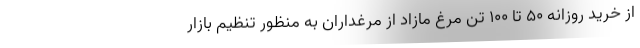
از خرید روزانه ۵۰ تا ۱۰۰ تن مرغ مازاد از مرغداران به منظور تنظیم بازار